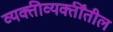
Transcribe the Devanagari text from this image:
व्यक्तीव्यक्तींतील